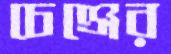
চেঞ্জের